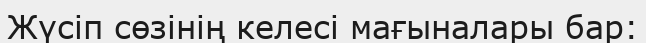
Жүсіп сөзінің келесі мағыналары бар: